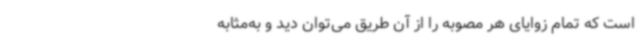
است که تمام زوایای هر مصوبه را از آن طریق می‌توان دید و به‌مثابه